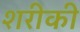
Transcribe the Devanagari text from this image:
शरीकी